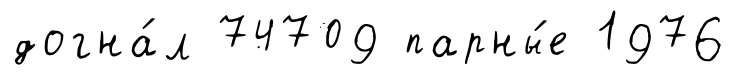
догна́л 74709 парны́е 1976